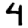
Digit: 4